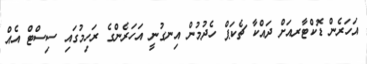
އަހަރެން ޑޮކްޓާރއަށް ދައްކާ ޗެކަޕް ހެދުމުން އިނގުނީ އަހަރެންގެ ރަހިމުގައި ސިސްޓް އެއް